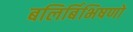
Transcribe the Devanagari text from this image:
बलिर्बिभिषणो